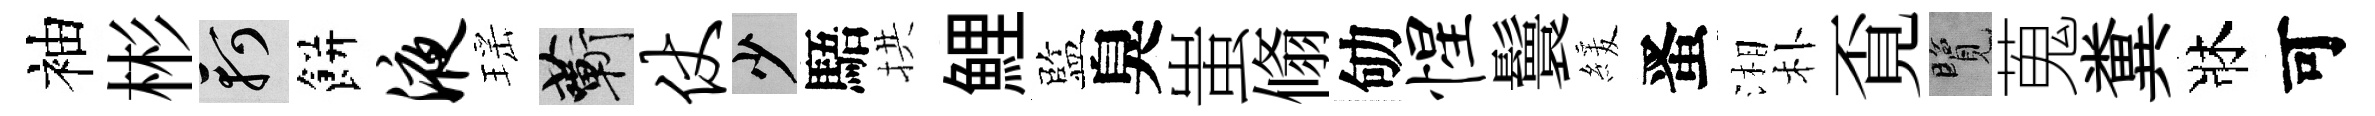
袖彬軻餅液瑶蔪仗少䮏拱鯉監臭蚩翛劬惺鬟緩󱉠湘朴覔覽蒐糞牀可